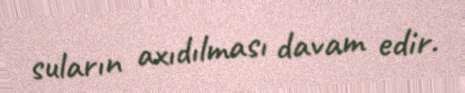
suların axıdılması davam edir.